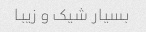
بسیار شیک و زیبا